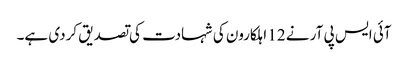
آئی ایس پی آر نے 12 اہلکارون کی شہادت کی تصدیق کردی ہے۔